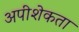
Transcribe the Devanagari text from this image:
अपीशेकता